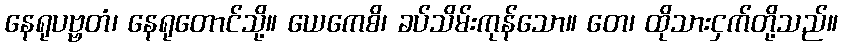
နေရုပဗ္ဗတံ၊ နေရုတောင်သို့။ ယေကေစိ၊ ခပ်သိမ်းကုန်သော။ တေ၊ ထိုသားငှက်တို့သည်။